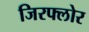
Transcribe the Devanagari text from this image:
जिरफ्लोर